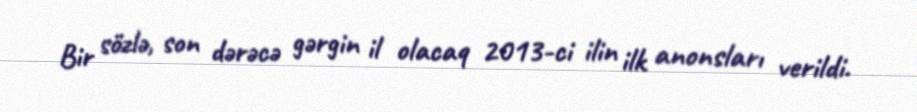
Bir sözlə, son dərəcə gərgin il olacaq 2013-ci ilin ilk anonsları verildi.